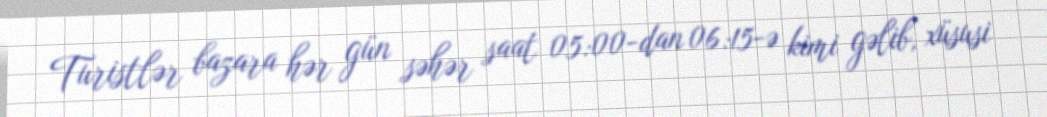
Turistlər bazara hər gün səhər saat 05:00-dan 06:15-ə kimi gəlib, xüsusi